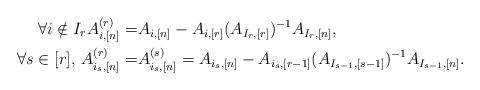
LaTeX: \begin{align*} \forall i \notin I_r A_{i,[n]}^{(r)} =& A_{i,[n]} - A_{i,[r]} (A_{I_r,[r]})^{-1} A_{I_r,[n]},\\\forall s \in [r],\, A_{i_s,[n]}^{(r)} =& A_{i_s,[n]}^{(s)} = A_{i_s,[n]}- A_{i_s,[r-1]} (A_{I_{s-1},[s-1]})^{-1} A_{I_{s-1},[n]}.\end{align*}